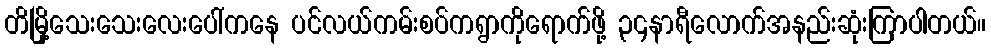
တိမြို့သေးသေးလေးပေါ်ကနေ ပင်လယ်ကမ်းစပ်ကရွာကိုရောက်ဖို့ ၃၄နာရီလောက်အနည်းဆုံးကြာပါတယ်။